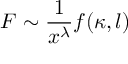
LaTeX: { \cal F } \sim \frac { 1 } { x ^ { \lambda } } f ( \kappa , l )